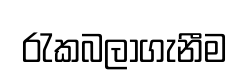
රැකබලාගැනීම